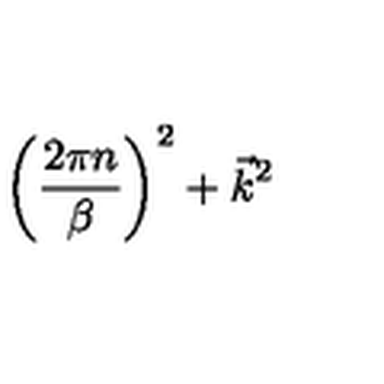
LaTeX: \biggl ( { \frac { 2 \pi n } { \beta } } \biggr ) ^ { 2 } + \vec { k } ^ { 2 }